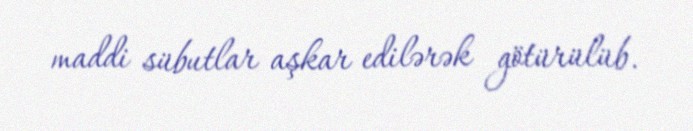
maddi sübutlar aşkar edilərək götürülüb.